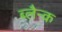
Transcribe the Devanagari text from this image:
ब्लैन्क